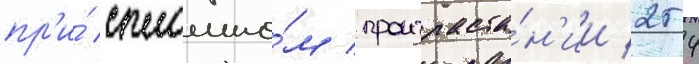
пр'и́ сплошно́м произраста́н'ии 254